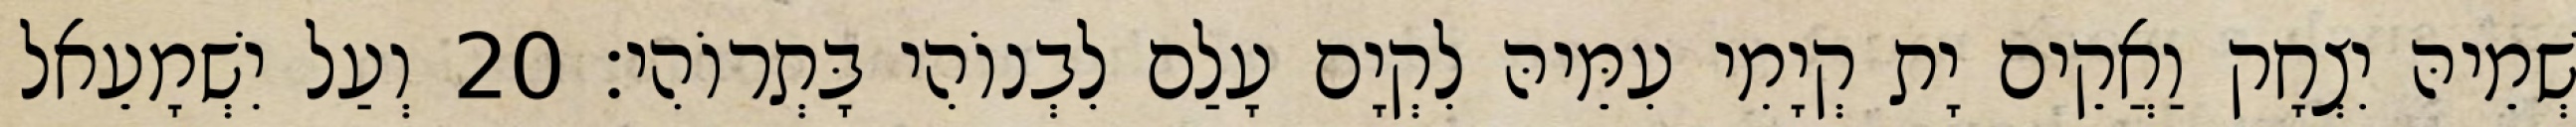
שְׁמֵיהּ יִצְחָק וַאֲקֵים יָת קְיָמִי עִמֵּיהּ לִקְיָם עָלַם לִבְנוֹהִי בָּתְרוֹהִי׃ 20 וְעַל יִשְׁמָעֵאל